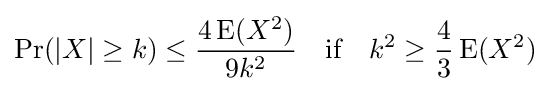
\Pr(|X|\geq k)\leq {\frac {4\operatorname {E} (X^{2})}{9k^{2}}}\quad {\text{if}}\quad k^{2}\geq {\frac {4}{3}}\operatorname {E} (X^{2})